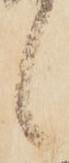
候